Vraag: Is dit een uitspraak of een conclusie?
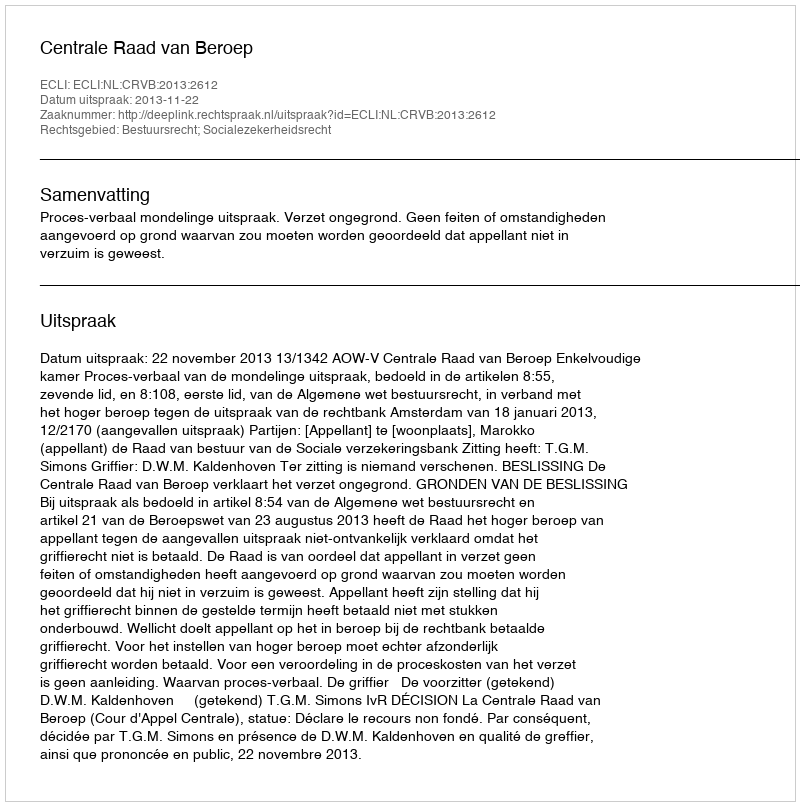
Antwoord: Uitspraak